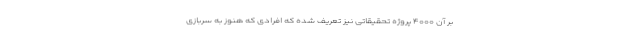
بر آن ۴۰۰۰ پروژه تحقیقاتی نیز تعریف شده که افرادی که هنوز به سربازی